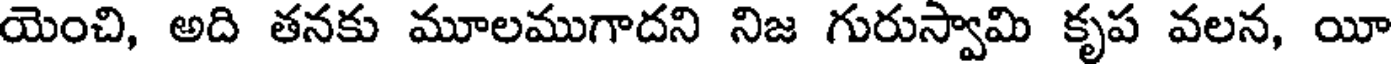
యెంచి, అది తనకు మూలముగాదని నిజ గురుస్వామి కృప వలన, యీ